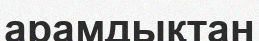
арамдықтан